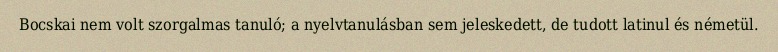
Bocskai nem volt szorgalmas tanuló; a nyelvtanulásban sem jeleskedett, de tudott latinul és németül.